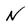
Character: N